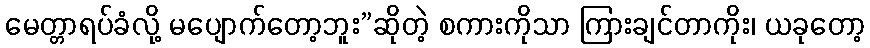
မေတ္တာရပ်ခံလို့ မပျောက်တော့ဘူး”ဆိုတဲ့ စကားကိုသာ ကြားချင်တာကိုး၊ ယခုတော့